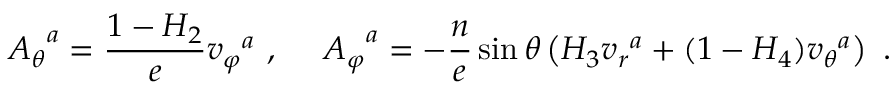
{ A _ { \theta } } ^ { a } = \frac { 1 - H _ { 2 } } { e } { v _ { \varphi } } ^ { a } \ , \ \ \ \ { A _ { \varphi } } ^ { a } = - \frac { n } { e } \sin \theta \left( H _ { 3 } { v _ { r } } ^ { a } + ( 1 - H _ { 4 } ) { v _ { \theta } } ^ { a } \right) \ .